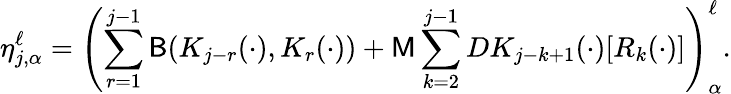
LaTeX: \eta_{j,\alpha}^{\ell}=\left(\sum_{r=1}^{j-1}\mathsf{B}(K_{j-r}(\cdot),K_{r}(\cdot))+\mathsf{M}\sum_{k=2}^{j-1}DK_{j-k+1}(\cdot)[R_{k}(\cdot)]\right)_{\alpha}^{\ell}.